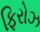
ફિરોઝ